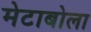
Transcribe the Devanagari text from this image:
मेटाबोला